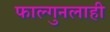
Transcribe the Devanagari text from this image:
फाल्गुनलाही